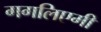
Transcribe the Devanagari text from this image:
गगलिएमी